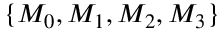
\{ M _ { 0 } , M _ { 1 } , M _ { 2 } , M _ { 3 } \}